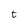
Character: t